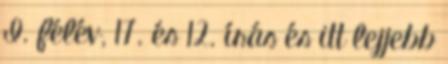
I. félév, 17. és 12. írás és itt lejjebb